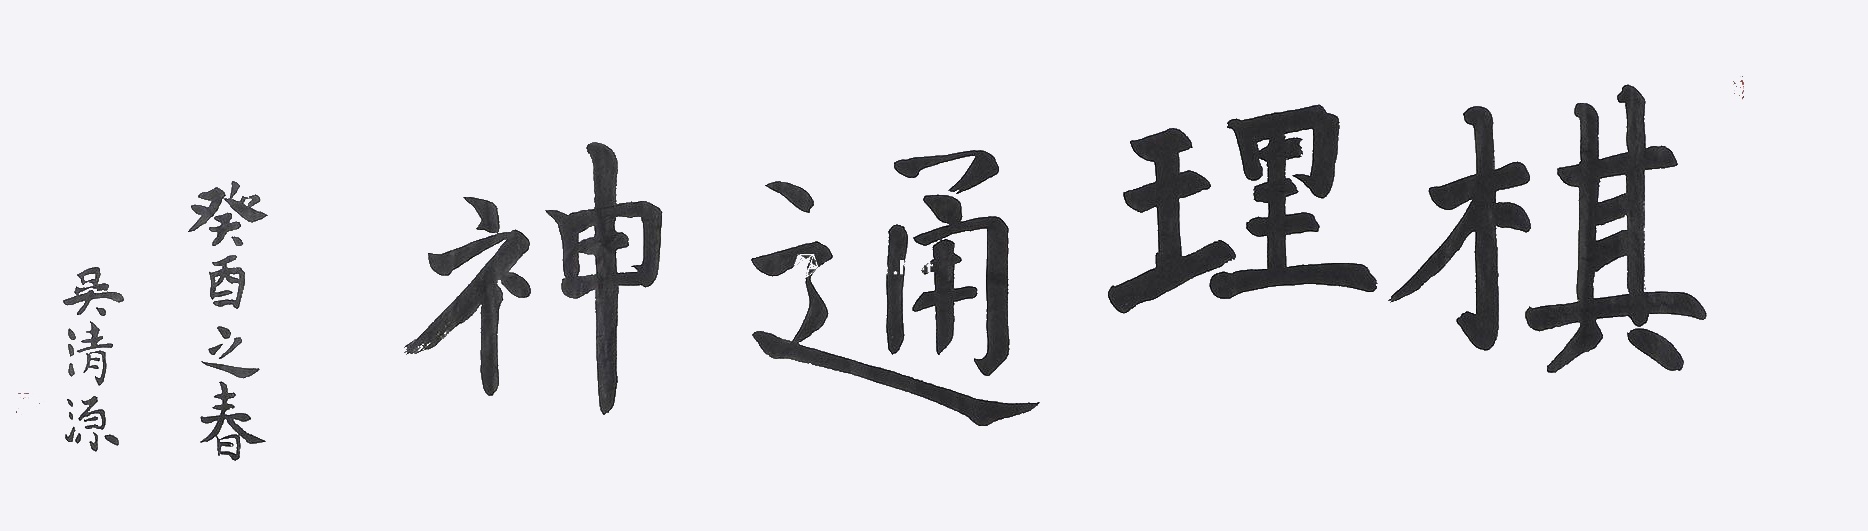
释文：棋理通神癸酉之春，清源（朱）